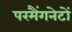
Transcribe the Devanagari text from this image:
परमैंगनेटों